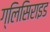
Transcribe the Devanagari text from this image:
ग्लिसिराइड